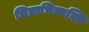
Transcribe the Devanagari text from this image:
चित्राभिव्यक्ति